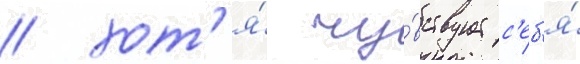
/ хот'я́ чу́вствует с'еб'я́